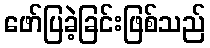
ဖော်ပြခဲ့ခြင်းဖြစ်သည်